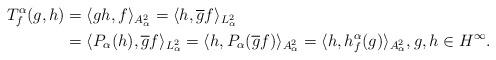
LaTeX: \begin{align*}T_{f}^{\alpha}(g,h)&=\langle gh,f\rangle_{A_{\alpha}^{2}}=\langle h,\overline{g}f\rangle_{L_{\alpha}^{2}}\\&=\langle P_{\alpha}(h),\overline{g}f\rangle_{L_{\alpha}^{2}}=\langle h,P_{\alpha}(\overline{g}f)\rangle_{A_{\alpha}^{2}}=\langle h,h_{f}^{\alpha}(g)\rangle_{A_{\alpha}^{2}},g,h\in H^{\infty}.\end{align*}